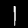
Digit: 1